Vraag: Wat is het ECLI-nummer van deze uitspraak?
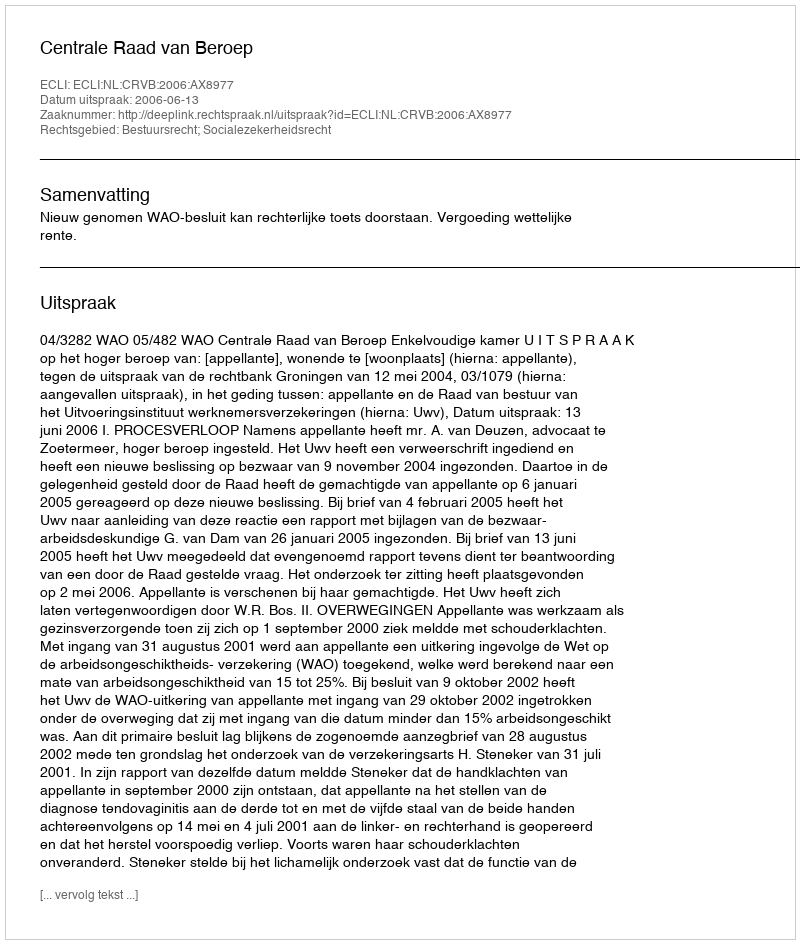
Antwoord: ECLI:NL:CRVB:2006:AX8977